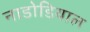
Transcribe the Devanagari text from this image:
नाडोडियाल